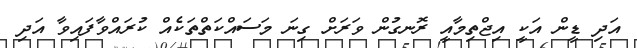
އަދި ޑީން އަކީ އިޖްތިމާއީ ރޮނގުން ވަރަށް ގިނަ މަސައްކަތްތަކެއް ކުރައްވާފައިވާ އަދި